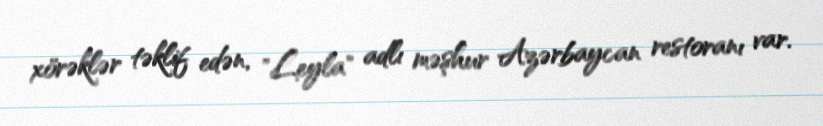
xörəklər təklif edən, "Leyla" adlı məşhur Azərbaycan restoranı var.